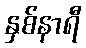
နှစ်နာရီ